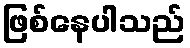
ဖြစ်နေပါသည်